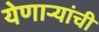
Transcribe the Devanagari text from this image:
येणार्‍यांची